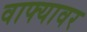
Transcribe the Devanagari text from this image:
वाफ्यावर